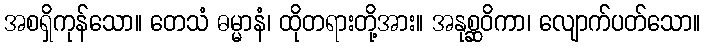
အစရှိကုန်သော။ တေသံ ဓမ္မာနံ၊ ထိုတရားတို့အား။ အနုစ္ဆဝိကာ၊ လျောက်ပတ်သော။